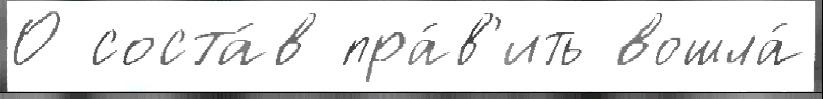
О соста́в пра́в'ить вошла́